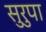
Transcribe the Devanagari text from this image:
सुरुपा